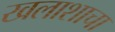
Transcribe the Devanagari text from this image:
खलाशाचा